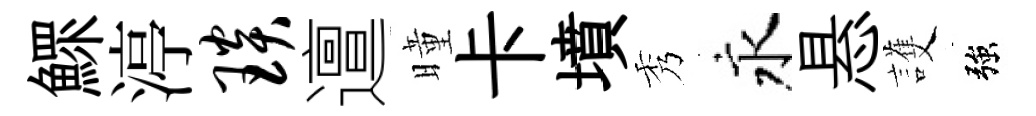
鰥渟琰邅曈卡墳秀永悬護強